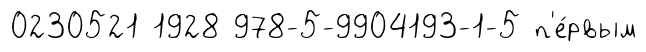
0230521 1928 978-5-9904193-1-5 п'е́рвым